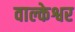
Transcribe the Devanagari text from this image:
वाल्केश्वर